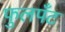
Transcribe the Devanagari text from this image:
फुलपँट